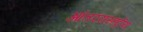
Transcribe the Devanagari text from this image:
आंतररास्ह्ट्रीय